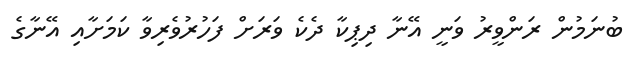
ބުނަމުން ރަންވީރު ވަނީ އޭނާ ދިޕިކާ ދެކެ ވަރަށް ފަހުރުވެރިވާ ކަމަށާއި އޭނާގެ